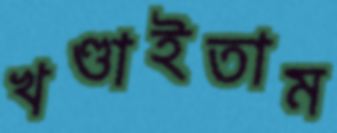
খণ্ডাইতাম